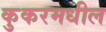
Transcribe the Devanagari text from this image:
कुकरमधील